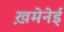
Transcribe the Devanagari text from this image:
ख़मेनेई